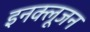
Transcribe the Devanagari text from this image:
इनक्लूजन